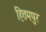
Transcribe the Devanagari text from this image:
हितमपुर